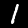
Label: 1